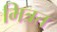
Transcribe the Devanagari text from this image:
मित्रत